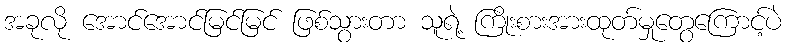
အခုလို အောင်အောင်မြင်မြင် ဖြစ်သွားတာ သူရဲ့ ကြိုးစားအားထုတ်မှုတွေကြောင့်ပဲ